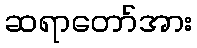
ဆရာတော်အား